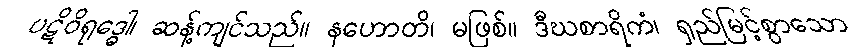
ပဋိဝိရုဒ္ဓေါ၊ ဆန့်ကျင်သည်။ နဟောတိ၊ မဖြစ်။ ဒီဃစာရိကံ၊ ရှည်မြင့်စွာသော